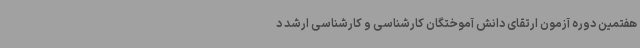
هفتمین دوره آزمون ارتقای دانش آموختگان کارشناسی و کارشناسی ارشد د